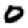
Digit: 0